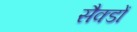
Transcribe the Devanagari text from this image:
सैक्डों